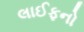
લાઈફનો